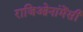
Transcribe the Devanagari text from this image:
राजिओनांमेंसी